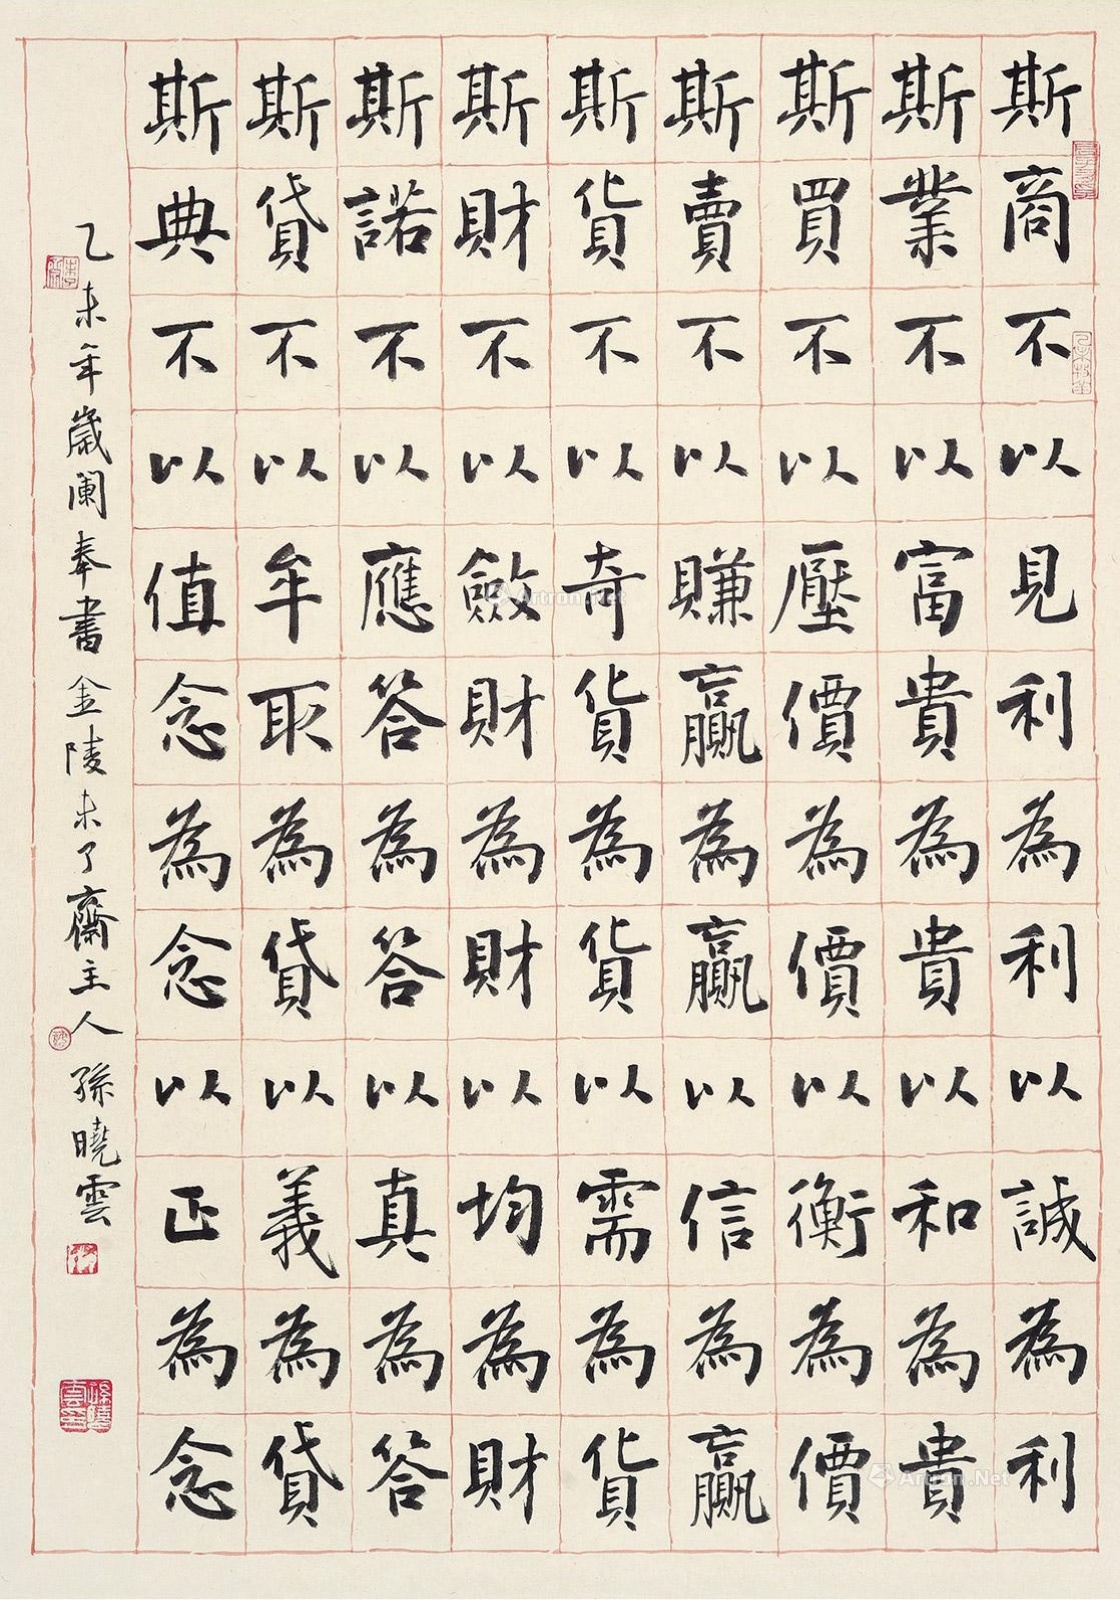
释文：斯商，不以见利为利，以诚为利；斯业，不以富贵为贵，以和为贵；斯买，不以压价为价，以衡为价；斯卖，不以赚赢为赢，以信为赢；斯货，不以奇货为货，以需为货；斯财，不以敛财为财，以均为财；斯诺，不以应答为答，以真为答；斯贷，不以牟取为贷，以义为贷；斯典，不以情念为念，以正为念。乙未（2015）年岁阑奉书，金陵未了斋主人孙晓云。